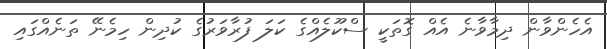
އެހެންވާން ދިމާވާނެ އެއް ގޮތަކީ ސްކޫލެއްގެ ކަލަ ފުރާވަރުގެ ކުދިން ހިމެނޭ ތަނެއްގައި